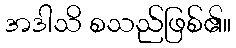
အဒါသိ စသည်ဖြစ်၏။